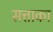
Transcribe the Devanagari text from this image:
सत्ताका